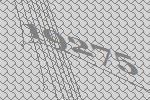
19275